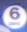
6